Indian journal of veterinary science and animal husbandry - Volume 8,
Year: 1938
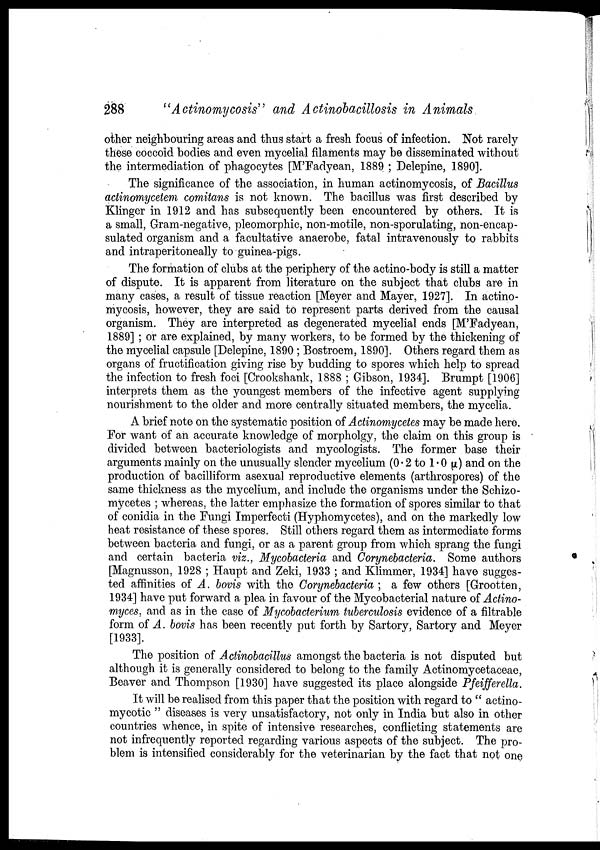
288
"Actinomycosis" and Actinobacillosis in Animals
other neighbouring areas and thus start a fresh focus of infection. Not rarely
these coccoid bodies and even mycelial filaments may be disseminated without
the intermediation of phagocytes [M'Fadyean, 1889 ; Delepine, 1890].
The significance of the association, in human actinomycosis, of Bacillus
actinomycetem comitans is not known. The bacillus was first described by
Klinger in 1912 and has subsequently been encountered by others. It is
a small, Gram-negative, pleomorphic, non-motile, non-sporulating, non-encap-
sulated organism and a facultative anaerobe, fatal intravenously to rabbits
and intraperitoneally to guinea-pigs.
The formation of clubs at the periphery of the actino-body is still a matter
of dispute. It is apparent from literature on the subject that clubs are in
many cases, a result of tissue reaction [Meyer and Mayer, 1927]. In actino-
mycosis, however, they are said to represent parts derived from the causal
organism. They are interpreted as degenerated mycelial ends [M'Fadyean,
1889] ; or are explained, by many workers, to be formed by the thickening of
the mycelial capsule [Delepine, 1890 ; Bostroem, 1890]. Others regard them as
organs of fructification giving rise by budding to spores which help to spread
the infection to fresh foci [Crookshank, 1888 ; Gibson, 1934]. Brumpt [1906]
interprets them as the youngest members of the infective agent supplying
nourishment to the older and more centrally situated members, the mycelia.
A brief note on the systematic position of Actinomycetes may be made here.
For want of an accurate knowledge of morpholgy, the claim on this group is
divided between bacteriologists and mycologists. The former base their
arguments mainly on the unusually slender mycelium (0.2 to 1.0 µ) and on the
production of bacilliform asexual reproductive elements (arthrospores) of the
same thickness as the mycelium, and include the organisms under the Schizo¬
mycetes ; whereas, the latter emphasize the formation of spores similar to that
of conidia in the Fungi Imperfecti (Hyphomycetes), and on the markedly low
heat resistance of these spores. Still others regard them as intermediate forms
between bacteria and fungi, or as a parent group from which sprang the fungi
and certain bacteria viz., Mycobacteria and Corynebacteria. Some authors
[Magnusson, 1928 ; Haupt and Zeki, 1933 ; and Klimmer, 1934] have sugges-
ted affinities of A. bovis with the Corynebacteria ; a few others [Grootten,
1934] have put forward a plea in favour of the Mycobacterial nature of Actino-
myces, and as in the case of Mycobacterium tuberculosis evidence of a filtrable
form of A. bovis has been recently put forth by Sartory, Sartory and Meyer
[1933].
The position of Actinobacillus amongst the bacteria is not disputed but
although it is generally considered to belong to the family Actinomycetaceae,
Beaver and Thompson [1930] have suggested its place alongside Pfeifferella.
It will be realised from this paper that the position with regard to " actino-
mycotic " diseases is very unsatisfactory, not only in India but also in other
countries whence, in spite of intensive researches, conflicting statements are
not infrequently reported regarding various aspects of the subject. The pro-
blem is intensified considerably for the veterinarian by the fact that not one